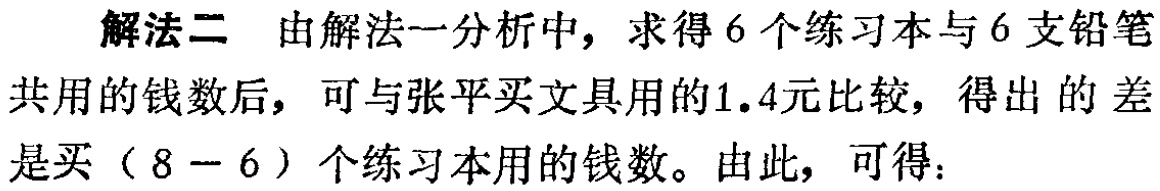
解法二 由解法一分析中，求得6个练习本与6支铅笔共用的钱数后，可与张平买文具用的1.4元比较，得出的差是买（8 - 6）个练习本用的钱数。由此，可得：